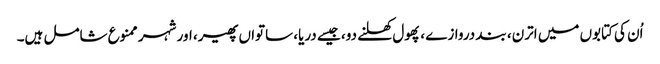
اُن کی کتابوں میں اترن، بند دروازے ، پھول کھلنے دو، جیسے دریا، ساتواں پھیر، اور شہر ممنوع شامل ہیں۔